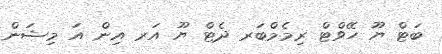
ބަޓް ޔޫ ހޭވްޓް ރިމެމްބަރ ދެޓް ޔޫ އަރ އިން އަ މިޝަން